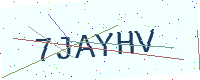
Text: 7JAYHV